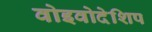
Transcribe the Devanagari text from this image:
वोइवोदेशिप